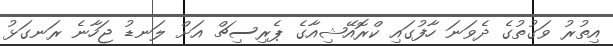
އިތުރު ވަގުތުގެ ދެވަނަ ހާފުގައި ކްރޮއޭޝިއާގެ ޕެރިސިޗް އަށް ލަނޑު ޖަހާނެ ރަނގަޅު